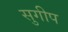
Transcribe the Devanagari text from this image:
सुगीप